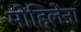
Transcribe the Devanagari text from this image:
मोहिलेंना